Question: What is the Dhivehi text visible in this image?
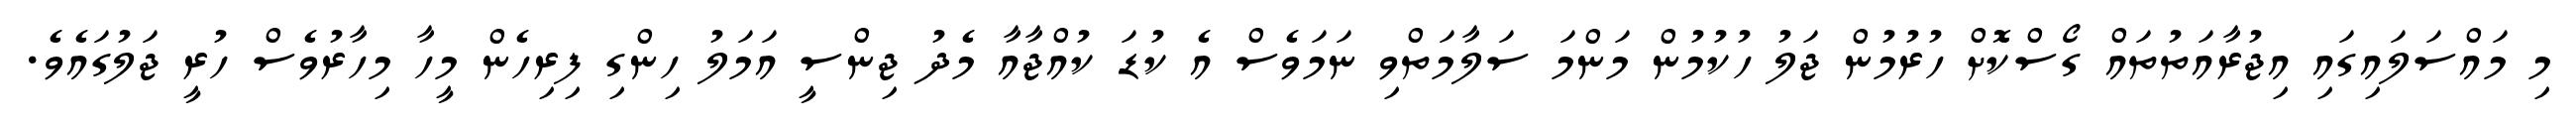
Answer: މި މައްސަލައިގައި އިޖުރާއަތުތައް ގޯސްކޮށް ހުރުމުން ޖަލު ހުކުމުން މަންމަ ސަލާމަތްވި ނަމަވެސް އެ ކުޑަ ކުއްޖާއާ މެދު ޖިންސީ އަމަލު ހިންގި ފިރިހެން މީހާ މިހާރުވެސް ހުރީ ޖަލުގައެވެ.